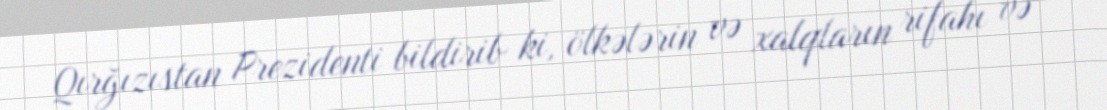
Qırğızıstan Prezidenti bildirib ki, ölkələrin və xalqların rifahı və